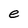
Character: e